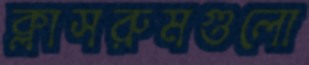
ক্লাসরুমগুলো